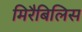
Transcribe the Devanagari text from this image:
मिरैबिलिस